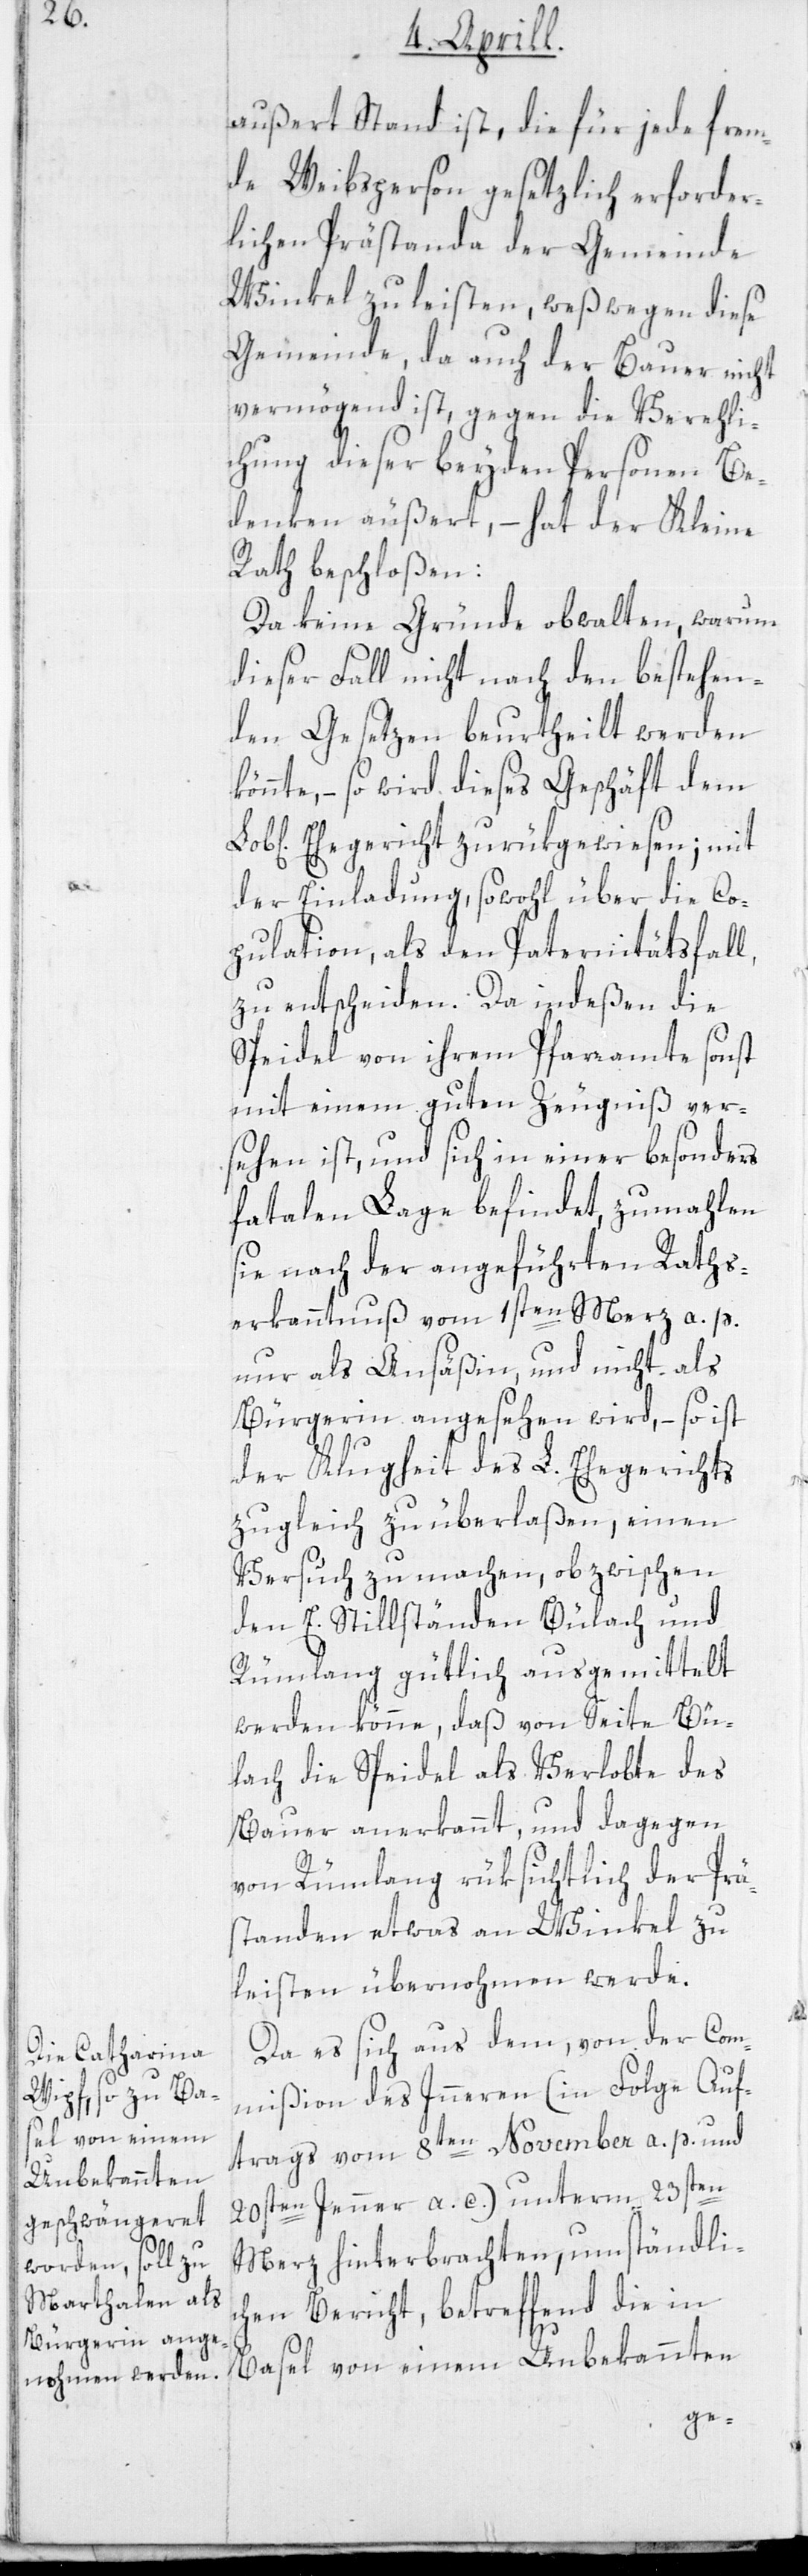
außert Stand ist, die für jede frem¬
de Weibsperson gesetzlich erforder¬
lichen Prästanda der Gemeinde
Winkel zu leisten, weßwegen diese
Gemeinde, da auch der Bauer nicht
vermögend ist, gegen die Vereheli¬
chung dieser beyden Personen Be¬
denken äußert, – hat der Kleine
Rath beschloßen:
Da keine Gründe obwalten, warum
dieser Fall nicht nach den bestehen¬
den Gesetzen beurtheilt werden
nnte, – so wird dieses Geschäft dem
ichen] Ehegericht zurückgewiesen; mit
der Einladung, sowohl über die Co¬
pulation, als den Paternitätsfall,
zu entscheiden. Da indeßen die
Speidel von ihrem Pfarramte sonst
mit einem guten Zeugniß ver¬
sehen ist, und sich in einer besonders
fatalen Lage befindet, zumahlen
sie nach der angeführten Raths¬
erkanntnuß vom 1sten Merz a. p.
nur als Ansäßin, und nicht als
Bürgerin angesehen wird, – so ist
der Klugheit des L. Ehegerichts
zugleich zu überlaßen, einen
Versuch zu machen, ob zwischen
den E. Stillständen Bülach und
Rümlang gütlich ausgemittelt
werden könne, daß von Seite Bü¬
lach die Speidel als Verlobte des
Bauer anerkannt, und dagegen
von Rümlang rüksichtlich der Prä¬
standen etwas an Winkel zu
leisten übernohmen werde.
Da es sich aus dem, von der Com¬
mißion des Inneren (in Folge Auf¬
trags vom 8ten November a. p. und
20sten Jenner a. c.) unterm 23sten
Merz hinterbrachten, umständlic¬
hen Bericht, betreffend die in
kö¬
Basel von einem Unbekannten